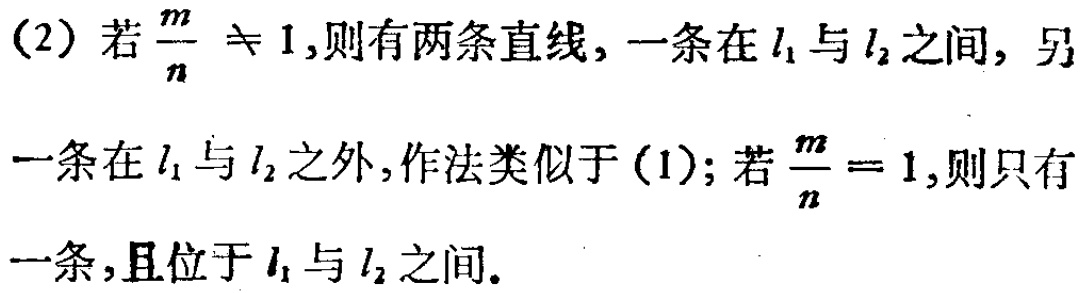
(2) 若$\frac{m}{n} \neq 1$,则有两条直线, 一条在$l_1$与$l_2$之间, 另一条在$l_1$与$l_2$之外, 作法类似于(1); 若$\frac{m}{n}=1$,则只有一条,且位于$l_1$与$l_2$之间.